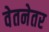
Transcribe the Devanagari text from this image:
वेतनेतर